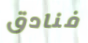
فنادق